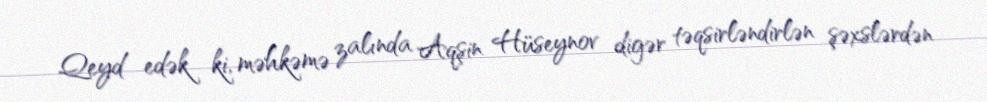
Qeyd edək ki, məhkəmə zalında Aqşin Hüseynov digər təqsirləndirlən şəxslərdən